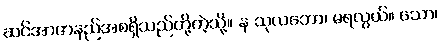
ဆင်အာဇာနည်အစရှိသည်တို့ကဲ့သို့။ န သုလဘော၊ မရလွယ်။ သော၊